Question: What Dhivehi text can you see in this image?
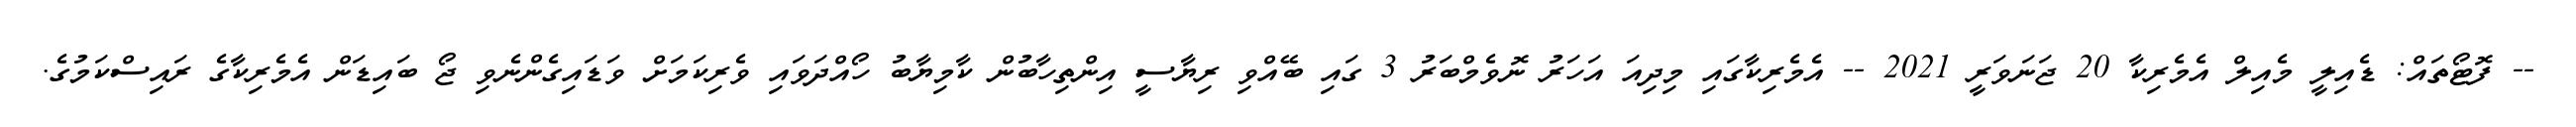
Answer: -- ފޮޓޯތައް: ޑެއިލީ މެއިލް އެމެރިކާ 20 ޖަނަވަރީ 2021 -- އެމެރިކާގައި މިދިއަ އަހަރު ނޮވެމްބަރު 3 ގައި ބޭއްވި ރިޔާސީ އިންތިހާބުން ކާމިޔާބު ހޯއްދަވައި ވެރިކަމަށް ވަޑައިގެންނެވި ޖޯ ބައިޑަން އެމެރިކާގެ ރައިސްކަމުގެ.